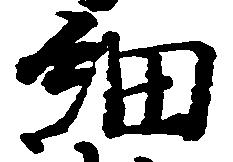
細